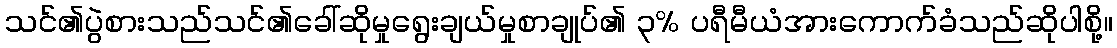
သင်၏ပွဲစားသည်သင်၏ခေါ်ဆိုမှုရွေးချယ်မှုစာချုပ်၏ ၃% ပရီမီယံအားကောက်ခံသည်ဆိုပါစို့။